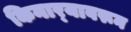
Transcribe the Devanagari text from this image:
किनार्‍यावरून